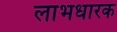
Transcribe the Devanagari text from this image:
लाभधारक